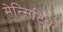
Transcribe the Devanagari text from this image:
सेन्सिटिव